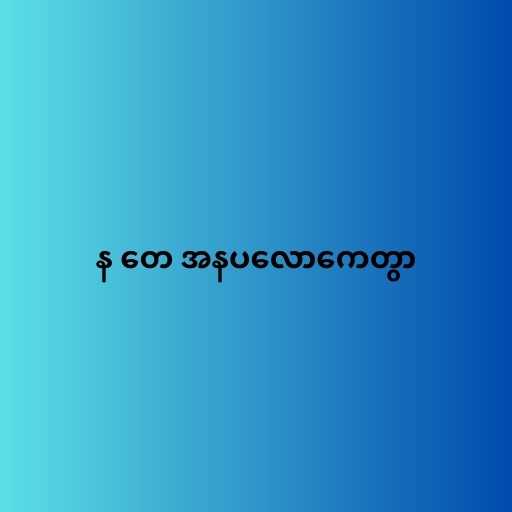
န တေ အနပလောကေတွာ